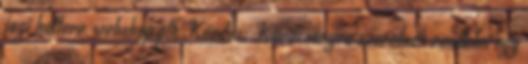
jogi háttere, webshop ptk Kérdés: Karácsonyra szeretnék rendelni egy